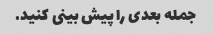
جمله بعدی را پیش بینی کنید.